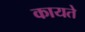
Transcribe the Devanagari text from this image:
कायते